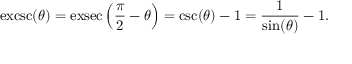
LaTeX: \operatorname { e x c s c } ( \theta ) = \operatorname { e x s e c } \left( { \frac { \pi } { 2 } } - \theta \right) = \csc ( \theta ) - 1 = { \frac { 1 } { \sin ( \theta ) } } - 1 .